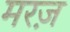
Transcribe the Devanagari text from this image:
मरज़